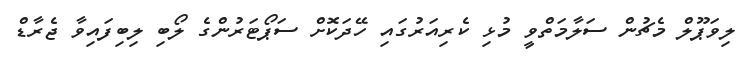
ލިވަޕޫލް މެޗުން ސަލާމަތްވީ މުޅި ކެރިއަރުގައި ހޭދަކޮށް ސަޕޯޓަރުންގެ ލޯބި ލިބިފައިވާ ޖެރާޑް